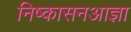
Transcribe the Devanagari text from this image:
निष्कासनआज्ञा